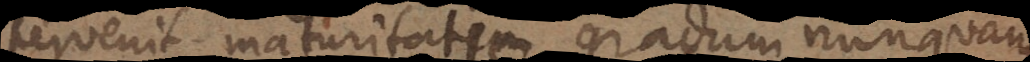
pervenit maturitatis gradum, nunquam